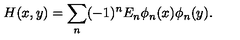
H ( x , y ) = \sum _ { n } ( - 1 ) ^ { n } E _ { n } \phi _ { n } ( x ) \phi _ { n } ( y ) .